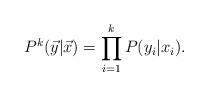
LaTeX: \begin{align*} P^k(\vec{y}|\vec{x}) = \prod_{i=1}^k P(y_i|x_i).\end{align*}